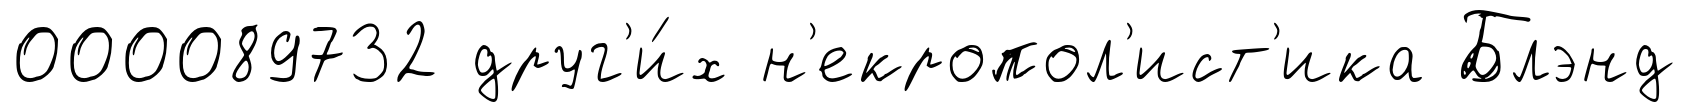
000089732 друг'и́х н'екропол'ист'ика Блэнд